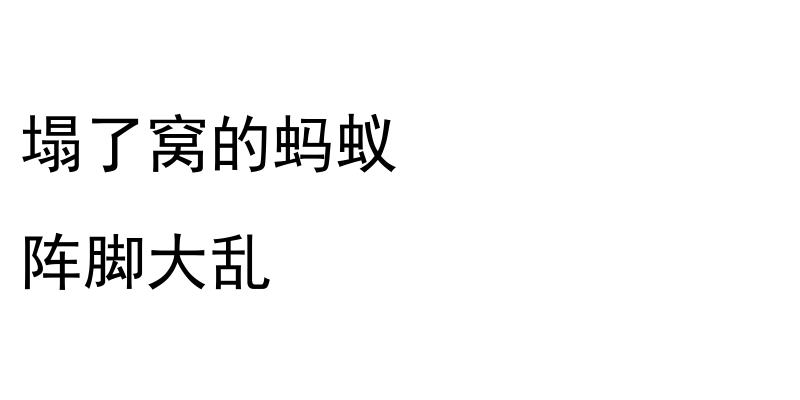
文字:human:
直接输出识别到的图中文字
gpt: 塌了窝的蚂蚁 阵脚大乱